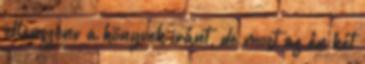
ellenszenv a könyvek iránt, de most az én két